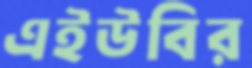
এইউবির